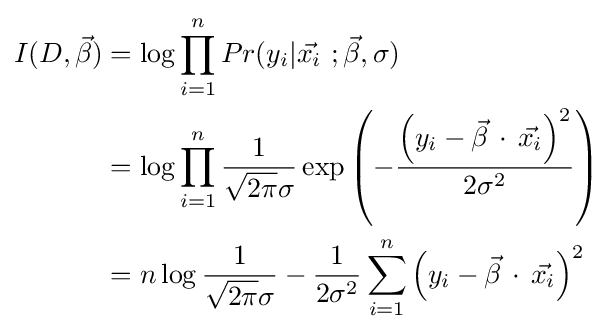
{\begin{aligned}I(D,{\vec {\beta }})&=\log \prod _{i=1}^{n}Pr(y_{i}|{\vec {x_{i}}}\,\,;{\vec {\beta }},\sigma )\\&=\log \prod _{i=1}^{n}{\frac {1}{{\sqrt {2\pi }}\sigma }}\exp \left(-{\frac {\left(y_{i}-{\vec {\beta }}\,\cdot \,{\vec {x_{i}}}\right)^{2}}{2\sigma ^{2}}}\right)\\&=n\log {\frac {1}{{\sqrt {2\pi }}\sigma }}-{\frac {1}{2\sigma ^{2}}}\sum _{i=1}^{n}\left(y_{i}-{\vec {\beta }}\,\cdot \,{\vec {x_{i}}}\right)^{2}\end{aligned}}